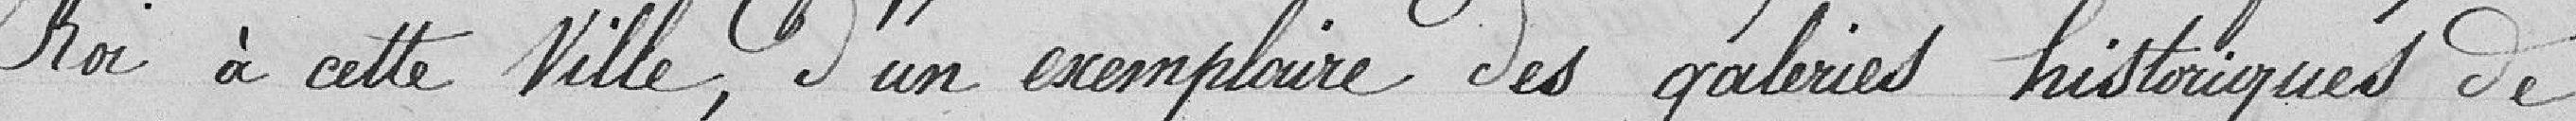
Roi à cette ville, d'un exemplaire des galeries historiques de